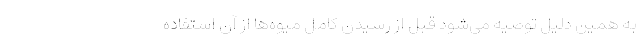
به همین دلیل توصیه می‌شود قبل از رسیدن کامل میوه‌ها از آن استفاده